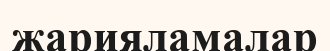
жарияламалар